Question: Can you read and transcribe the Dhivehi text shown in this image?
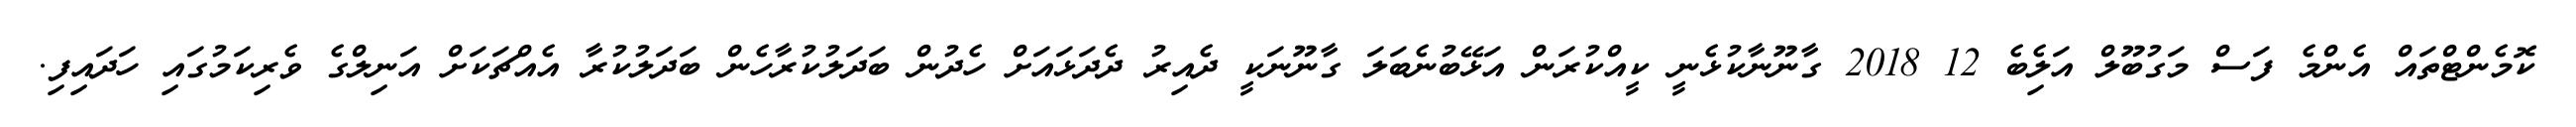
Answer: ކޮމެންޓްތައް އެންމެ ފަސް މަގުބޫލް އަލިެބެ 12 2018 ގާނޫނާކުޅެނީ ކީއްކުރަން އަޅޭބުނެބަލަ ގާނޫނަކީ ދެއިރު ދެދަޅައަށް ހެދުން ބަދަލުކުރާހެން ބަދަލުކުރާ އެއްޗަކަށް އަނިލްގެ ވެރިކަމުގައި ހަދައިފި.